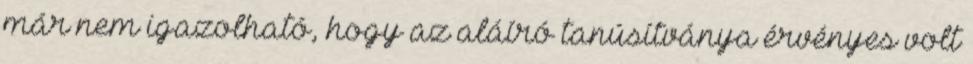
már nem igazolható, hogy az aláíró tanúsítványa érvényes volt